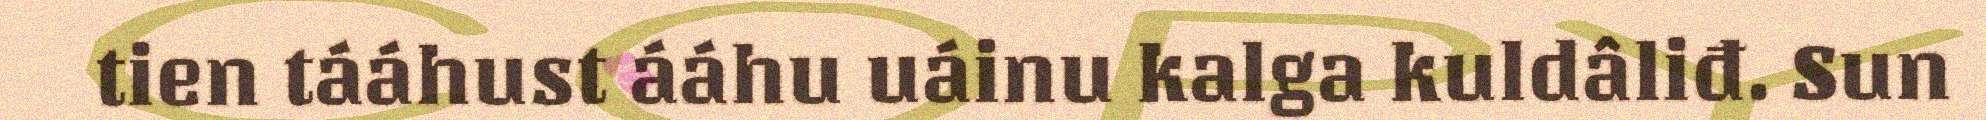
tien tááhust ááhu uáinu kalga kuldâliđ. Sun